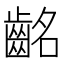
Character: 𪗸